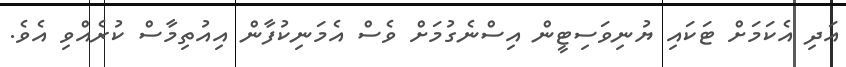
އަދި އެކަމަށް ޓަކައި ޔުނިވަސިޓީން އިސްނެގުމަށް ވެސް އެމަނިކުފާން އިއުތިމާސް ކުރެއްވި އެވެ.